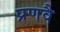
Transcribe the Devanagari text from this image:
प्रणवै